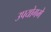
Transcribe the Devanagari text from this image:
उपयोगमे